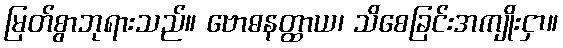
မြတ်စွာဘုရားသည်။ ဗောဓနတ္ထာယ၊ သိစေခြင်းအကျိုးငှာ။